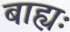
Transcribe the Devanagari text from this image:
बाह्यः